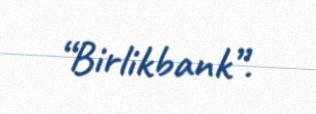
“Birlikbank”.